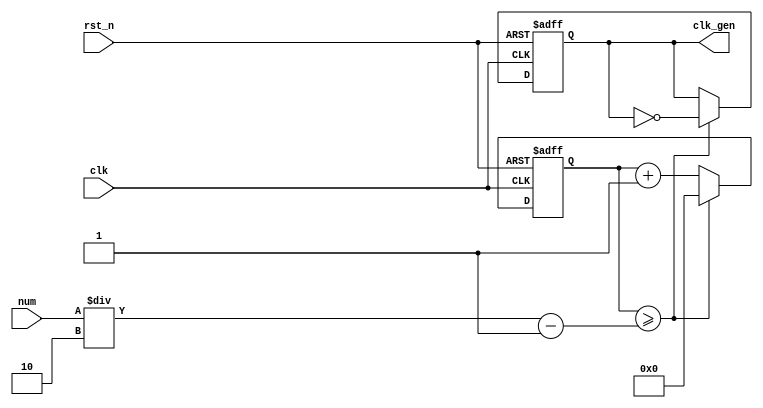
// ---------------------------------------------------------
//             digital clock v4
// Assignment: week8 practice P
// Course: practice in digital logic design
// clock (min:sec), changing mode ok, debounce, alarm (5sec auto off)
// --------------------- list ---------------------
// 01. NCO (1M Hz) << week5 P1
// 02. 0~59 Counter << week5 P1
// 03. NCO_CNT (0~59 sec) << week5 P1
// 04. double figure separate ( tens digit / units digits ) << week5 P1
// 05. FND decoder << week5 P1
// 06. LED display << week5 P1
// 07. HMS counter (Hour, Minute, Second each counter)
// A1: Alarm auto off
// 08. Controller for sec_clk, min_clk & mode/position
// 09. BUZZ
// 10. Top module
// 11. Debounce
// ---------------------------------------------------------

// ------------------------------------------------
// NCO (1M Hz)
// ------------------------------------------------
module nco ( clk_gen, num, clk, rst_n );

output		clk_gen	;
input	[31:0]	num	;
input		clk	;
input		rst_n	;

reg	[31:0]	cnt	;
reg		clk_gen	;

always	@(posedge clk or negedge rst_n) begin
	if (rst_n == 1'b0) begin // reset
		cnt	<= 32'd0;
		clk_gen	<= 1'd0	;
	end else begin
		if (cnt >= num/2-1) begin
			cnt	<= 32'd0	;
			clk_gen	<= ~clk_gen	;
		end else begin
			cnt	<= cnt + 1'b1	;
		end
	end
end
endmodule

// ---------------------------------------------------------
// double figure separate ( tens digit / units digits )
// ---------------------------------------------------------
module double_fig_sep ( o_left, o_right, i_double_fig );

output	[3:0]	o_left		;
output	[3:0]	o_right		;
input	[5:0]	i_double_fig	;

assign o_left	= i_double_fig / 10	;
assign o_right	= i_double_fig % 10	;

endmodule

// ------------------------------------------------
// FND decoder
// ------------------------------------------------
module	fnd_dec ( o_seg, i_num );

output	[6:0]	o_seg	;	// segment
input	[3:0]	i_num	;	// input number
reg	[6:0]	o_seg	;

always	@(*)	begin
	case (i_num)
		4'b0000 : o_seg = 8'b111_1110;	// 0
		4'b0001 : o_seg = 8'b011_0000;	// 1
		4'b0010 : o_seg = 8'b110_1101;	// 2
		4'b0011 : o_seg = 8'b111_1001;	// 3
		4'b0100 : o_seg = 8'b011_0011;	// 4
		4'b0101 : o_seg = 8'b101_1011;	// 5
		4'b0110 : o_seg = 8'b101_1111;	// 6
		4'b0111 : o_seg = 8'b111_0000;	// 7
		4'b1000 : o_seg = 8'b111_1111;	// 8
		4'b1001 : o_seg = 8'b111_0011;	// 9
		4'b1010 : o_seg = 8'b111_0111;	// A
		4'b1011 : o_seg = 8'b001_1111;	// B
		4'b1100 : o_seg = 8'b100_1110;	// C
		4'b1101 : o_seg = 8'b011_1101;	// D
		4'b1110 : o_seg = 8'b100_1111;	// E
		4'b1111 : o_seg = 8'b100_0111;	// F
		default : o_seg = 8'b000_0000;
	endcase
end
endmodule

// ------------------------------------------------
// LED display
// ------------------------------------------------
module	led_disp ( o_seg, o_seg_dp, o_seg_enb, i_six_digit_seg, i_six_dp, clk, rst_n );

output	[5:0]	o_seg_enb	;	// common cathod
output		o_seg_dp	;	// chosen common cathod's dot
output	[6:0]	o_seg		;	// chosen common cathod's 7 seg

input	[41:0]	i_six_digit_seg	;	// all segment
input	[5:0]	i_six_dp	;	// all dot
input		clk		;
input		rst_n		;

wire		clk_gen		;

// *********************** .o_gen_clk (x), .clk_gen modified (o) ***********************
nco	u_nco ( .clk_gen ( clk_gen ), .num ( 32'd100000 ), .clk ( clk ), .rst_n ( rst_n ));	// num *= 1/100

reg	[3:0]	cnt_common_node	;

always	@(posedge clk_gen or negedge rst_n) begin
	if (rst_n == 1'b0) begin
		cnt_common_node <= 4'd0;
	end else begin
		if (cnt_common_node >= 4'd5) begin // 0~5 counter for common cathod
			cnt_common_node <= 4'd0;
		end else begin
			cnt_common_node <= cnt_common_node + 1'b1;
		end
	end
end

reg	[5:0]	o_seg_enb	;

always	@(cnt_common_node) begin
	case (cnt_common_node)
		4'd0 : o_seg_enb = 6'b111110;
		4'd1 : o_seg_enb = 6'b111101;
		4'd2 : o_seg_enb = 6'b111011;
		4'd3 : o_seg_enb = 6'b110111;
		4'd4 : o_seg_enb = 6'b101111;
		4'd5 : o_seg_enb = 6'b011111;
	endcase
end

reg		o_seg_dp	;

always	@(cnt_common_node) begin
	case (cnt_common_node)
		4'd0 : o_seg_dp = i_six_dp[0];
		4'd1 : o_seg_dp = i_six_dp[1];
		4'd2 : o_seg_dp = i_six_dp[2];
		4'd3 : o_seg_dp = i_six_dp[3];
		4'd4 : o_seg_dp = i_six_dp[4];
		4'd5 : o_seg_dp = i_six_dp[5];
	endcase
end

reg	[6:0]	o_seg		;

always	@(cnt_common_node) begin
	case (cnt_common_node)
		4'd0 : o_seg = i_six_digit_seg[6:0];
		4'd1 : o_seg = i_six_digit_seg[13:7];
		4'd2 : o_seg = i_six_digit_seg[20:14];
		4'd3 : o_seg = i_six_digit_seg[27:21];
		4'd4 : o_seg = i_six_digit_seg[34:28];
		4'd5 : o_seg = i_six_digit_seg[41:35];
	endcase
end

endmodule

// ---------------------------------------------------
// HMS counter (Hour, Minute, Second each counter)
// ---------------------------------------------------
module hms_cnt ( o_hms_cnt, o_max_hit, i_max_cnt, clk, rst_n );

output	[5:0]	o_hms_cnt	;	// 0 ~ 59
output		o_max_hit	;	// carry
input	[5:0]	i_max_cnt	;	// 59(m,s) or 23(h)
input		clk		;
input		rst_n		;

reg	[5:0]	o_hms_cnt	;
reg		o_max_hit	;

always @(posedge clk or negedge rst_n) begin
	if (rst_n == 1'b0) begin
		o_hms_cnt <= 6'd0;
		o_max_hit <= 1'b0;
	end else begin
		if (o_hms_cnt >= i_max_cnt) begin // 59(m,s) or 23(h)
			o_hms_cnt <= 6'd0;
			o_max_hit <= 1'b1;
		end else begin // 0~59
			o_hms_cnt <= o_hms_cnt + 1'b1;
			o_max_hit <= 1'b0;
		end
	end
end
endmodule

// ---------------------------------------------------
// A: Alarm auto off
// ---------------------------------------------------
module minsec_alarm_off ( o_alarm, o_max_hit_sec, o_max_hit_min, o_sec, o_min,
		i_alarm_en, i_alarm_min_clk, i_alarm_sec_clk, i_sec_clk, i_min_clk, i_mode, i_position, clk, rst_n );

output		o_alarm	;
output	[5:0]	o_sec	;
output	[5:0]	o_min	;
output		o_max_hit_sec	;
output		o_max_hit_min	;

input		i_alarm_en	;
input		i_alarm_min_clk	;
input		i_alarm_sec_clk	;
input		i_sec_clk	;
input		i_min_clk	;
input	[1:0]	i_mode		;
input		i_position	;
input		clk		;
input		rst_n		;

parameter	MODE_CLOCK	= 2'b00	;
parameter	MODE_SETUP	= 2'b01	;
parameter	MODE_ALARM	= 2'b10	;

parameter	POS_SEC		= 1'b0	;
parameter	POS_MIN		= 1'b1	;


// MODE: CLOCK counter
wire	[5:0]	sec		;
wire		max_hit_sec	;
hms_cnt		u0_hms_cnt ( .o_hms_cnt ( sec ), .o_max_hit ( o_max_hit_sec ), .i_max_cnt ( 6'd59 ), .clk ( i_sec_clk ), .rst_n ( rst_n ) ); // sec counter

wire	[5:0]	min		;
wire		max_hit_min	;
hms_cnt		u1_hms_cnt ( .o_hms_cnt ( min ), .o_max_hit ( o_max_hit_min ), .i_max_cnt ( 6'd59 ), .clk ( i_min_clk ), .rst_n ( rst_n ) ); // min counter

// MODE: ALARM counter
wire	[5:0]	alarm_sec	;
hms_cnt		u2_hms_cnt ( .o_hms_cnt ( alarm_sec ), .o_max_hit ( ), .i_max_cnt ( 6'd59 ), .clk ( i_alarm_sec_clk ), .rst_n ( rst_n ) ); // sec counter

wire	[5:0]	alarm_min	;
hms_cnt		u3_hms_cnt ( .o_hms_cnt ( alarm_min ), .o_max_hit ( ), .i_max_cnt ( 6'd59 ), .clk ( i_alarm_min_clk ), .rst_n ( rst_n ) ); // sec counter

// MUX ( CLOCK | ALARM - choice )
reg	[5:0]	o_sec		;
reg	[5:0]	o_min		;

always	@(*) begin
	case(i_mode)
		MODE_CLOCK: begin
			o_sec	= sec;
			o_min	= min;
		end
		MODE_SETUP: begin
			o_sec	= sec;
			o_min	= min;
		end
		MODE_ALARM: begin
			o_sec = alarm_sec;
			o_min = alarm_min;
		end
	endcase
end

// ALARM
wire		clk_1hz	;

nco	u1_nco ( .clk_gen ( clk_1hz ), .num ( 32'd50000000 ), .clk ( clk ), .rst_n ( rst_n ));

reg	[3:0]	alarm_cnt	;

always	@(posedge clk_1hz or negedge rst_n) begin
	if (rst_n == 1'b0) begin
		alarm_cnt = 0;
	end else begin
		if (o_alarm == 1'b1) begin
			alarm_cnt = alarm_cnt + 1;
		end else begin
			alarm_cnt = 0;
		end
	end
end
reg		o_alarm	;
always	@(posedge clk or negedge rst_n) begin
	if (rst_n == 1'b0) begin
		o_alarm <= 1'b0;
	end else begin
		if ((sec == alarm_sec) && (min == alarm_min)) begin
			o_alarm <= 1'b1 & i_alarm_en;
		end else begin
			if (alarm_cnt >= 4'd5) begin
				o_alarm <= 0;
			end
		end
	end
end

endmodule


// ----------------------------------------------------------
// Controller for sec_clk, min_clk & mode/position/alarm
// ----------------------------------------------------------
module controller ( o_mode, o_position, o_min_clk, o_sec_clk, o_alarm_sec_clk, o_alarm_min_clk, o_alarm_en,
			i_sw0, i_sw1, i_sw2, i_sw3, i_max_hit_sec, i_max_hit_min, clk, rst_n );

output	[1:0]	o_mode		;
output		o_position	;
output		o_min_clk	; // No [5:0], since it is just clock purse
output		o_sec_clk	; // No [5:0], since it is just clock purse
output		o_alarm_sec_clk	;
output		o_alarm_min_clk	;
output		o_alarm_en	;

input		i_max_hit_sec	;
input		i_max_hit_min	;

input		i_sw0		; // switch 0
input		i_sw1		; // switch 1
input		i_sw2		; // switch 2
input		i_sw3		; // switch 3

input		clk		;
input		rst_n		;

parameter	MODE_CLOCK	= 2'b00	;
parameter	MODE_SETUP	= 2'b01	;
parameter	MODE_ALARM	= 2'b10	;

parameter	POS_SEC = 1'b0;
parameter	POS_MIN	= 1'b1;

// DEBOUNCE
wire	clk_slow		;
nco	u_nco_db ( .clk_gen ( clk_slow ), .num ( 32'd500000 ), .clk ( clk ), .rst_n ( rst_n ));

wire	sw0	;
wire	sw1	;
wire	sw2	;
wire	sw3	;

debounce	u0_debounce ( .o_sw ( sw0 ), .i_sw ( i_sw0 ), .clk ( clk_slow ) );
debounce	u1_debounce ( .o_sw ( sw1 ), .i_sw ( i_sw1 ), .clk ( clk_slow ) );
debounce	u2_debounce ( .o_sw ( sw2 ), .i_sw ( i_sw2 ), .clk ( clk_slow ) );
debounce	u3_debounce ( .o_sw ( sw3 ), .i_sw ( i_sw3 ), .clk ( clk_slow ) );

reg	[1:0]	o_mode		;

// SWITCH 0: MODE
always	@(posedge sw0 or negedge rst_n) begin
	if (rst_n == 1'b0) begin // reset
		o_mode <= MODE_CLOCK;
	end else begin // when pressing button, changing mode
		if (o_mode >= MODE_ALARM) begin
			o_mode <= MODE_CLOCK;
		end else begin
			o_mode <= o_mode + 1'b1;
		end
	end
end

reg		o_position	;

// SWITCH 1: POSITION
always	@(posedge sw1 or negedge rst_n) begin
	if (rst_n == 1'b0) begin // reset
		o_position <= POS_SEC;
	end else begin // when pressing button
		if (o_position >= POS_MIN) begin
			o_position <= POS_SEC;
		end else begin
			o_position <= o_position + 1'b1; // changing mode
		end
	end
end

// SWITCH 3: ALARM ON/OFF
reg		o_alarm_en	;
always	@(posedge sw3 or negedge rst_n) begin
	if (rst_n == 1'b0) begin
		o_alarm_en <= 1'b0;
	end else begin
		o_alarm_en <= o_alarm_en + 1'b1;
	end
end

// CLK NCO
wire		clk_1hz		;	// 1Hz clock
nco		u_nco ( .clk_gen ( clk_1hz ), .num ( 32'd50000000 ), .clk ( clk ), .rst_n ( rst_n ));

// CLK for each MODE
reg		o_sec_clk	;
reg		o_min_clk	;
reg		o_alarm_sec_clk	;
reg		o_alarm_min_clk	;

always @(*) begin
	case (o_mode)
		MODE_CLOCK : begin // CLOCK mode
			o_sec_clk = clk_1hz;
			o_min_clk = i_max_hit_sec;
			o_alarm_sec_clk = 1'b0;
			o_alarm_min_clk = 1'b0;
		end
		MODE_SETUP : begin // SETTING mode
			case (o_position)
				POS_SEC : begin // o_sec_clk returns "clk_1Hz" or "~i_sw2" clock
					o_sec_clk = ~sw2;
					o_min_clk = 1'b0; // posedge o_sec_clk >> sec++;
					o_alarm_sec_clk = 1'b0;
					o_alarm_min_clk = 1'b0;
				end
				POS_MIN : begin // o_min_clk returns "clk_1Hz" or "~i_sw2" clock
					o_sec_clk = 1'b0;
 				  	o_min_clk = ~sw2; // posedge o_min_clk >> min++;
					o_alarm_sec_clk = 1'b0;
					o_alarm_min_clk = 1'b0;
				end
			endcase
		end
		MODE_ALARM : begin // ALARM mode
			case(o_position)
				POS_SEC : begin 
					o_sec_clk = clk_1hz;
					o_min_clk = i_max_hit_sec;
					o_alarm_sec_clk = ~sw2;
					o_alarm_min_clk = 1'b0;
				end
				POS_MIN : begin
					o_sec_clk = clk_1hz;
					o_min_clk = i_max_hit_sec;
					o_alarm_sec_clk = 1'b0;
					o_alarm_min_clk = ~sw2;
				end
			endcase
		end
	endcase
end

endmodule

// ------------------------------------------------
// BUZZ
// ------------------------------------------------
module buzz ( o_buzz, i_buzz_en, clk, rst_n );

output		o_buzz		;
input		i_buzz_en	;
input		clk		;
input		rst_n		;

parameter	C = 191113	;
parameter	D = 170262	;
parameter	E = 151686	;
parameter	F = 143173	;
parameter	G = 63776	;
parameter	A = 56818	;
parameter	B = 50619	;

wire		clk_bit		;
nco		u_nco_blt ( .clk_gen ( clk_bit ), .num ( 25000000 ), .clk ( clk ), .rst_n ( rst_n ) );

reg	[4:0]	cnt	;

always @(posedge clk_bit or negedge rst_n) begin
	if (rst_n == 1'b0) begin
		cnt <= 5'b0;
	end else begin
		if (cnt >= 5'd24) begin
			cnt <= 5'd0;
		end else begin
			cnt <= cnt+ 1'd1;
		end
	end
end

reg	[31:0]	nco_num	;

always @(*) begin
	case (cnt)
		5'd00: nco_num =	E;
		5'd01: nco_num = 	C;
		5'd02: nco_num = 	D;
		5'd03: nco_num = 	D;
		5'd04: nco_num = 	E;
		5'd05: nco_num = 	E;
		5'd06: nco_num = 	E;
		5'd07: nco_num = 	D;
		5'd08: nco_num = 	D;
		5'd09: nco_num = 	D;
		5'd10: nco_num = 	E;
		5'd11: nco_num = 	E;
		5'd12: nco_num = 	E;
		5'd13: nco_num = 	E;
		5'd14: nco_num = 	D;
		5'd15: nco_num = 	C;
		5'd16: nco_num = 	D;
		5'd17: nco_num = 	E;
		5'd18: nco_num = 	E;
		5'd19: nco_num = 	E;
		5'd20: nco_num = 	D;
		5'd21: nco_num = 	D;
		5'd22: nco_num = 	E;
		5'd23: nco_num = 	D;
		5'd24: nco_num = 	C;
	endcase
end

wire	buzz	;
nco	u_nco_buzz ( .clk_gen ( buzz ), .num ( nco_num ), .clk ( clk ), .rst_n ( rst_n ) );

assign	o_buzz = buzz & i_buzz_en;
endmodule

// ---------------------------------------------------
// Top module 
// ---------------------------------------------------
module top_hms_clock ( o_seg, o_seg_dp, o_seg_enb, o_alarm, i_sw0, i_sw1, i_sw2, i_sw3, clk, rst_n );

output	[6:0]	o_seg		;
output		o_seg_dp	;
output	[5:0]	o_seg_enb	;
output		o_alarm		;

input		i_sw0		;
input		i_sw1		;
input		i_sw2		;
input		i_sw3		;
input		clk		;
input		rst_n		;

wire	[1:0]	mode		;
wire		position	;
wire		min_clk		;
wire		sec_clk		;
wire		max_hit_sec	;	// controller's input
wire		max_hit_min	;	// controller's input
wire		alarm_sec_clk	;
wire		alarm_min_clk	;
wire		alarm_en	;

controller 	u_ctrl ( .o_mode ( mode ), .o_position ( position ), .o_min_clk ( min_clk ), .o_sec_clk ( sec_clk ),
		.o_alarm_sec_clk ( alarm_sec_clk ), .o_alarm_min_clk ( alarm_min_clk ), .o_alarm_en ( alarm_en ), 
		.i_sw0 ( i_sw0 ) , .i_sw1 ( i_sw1 ), .i_sw2 ( i_sw2 ), .i_sw3 ( i_sw3 ),
		.i_max_hit_sec ( max_hit_sec ) , .i_max_hit_min ( max_hit_min ), .clk ( clk ), .rst_n ( rst_n ) );

wire	[5:0]	sec		;
wire	[5:0]	min		;
wire		alarm		;

minsec_alarm_off 		u_minsec ( .o_alarm ( alarm ), .o_sec ( sec ), .o_min ( min ), .o_max_hit_sec ( max_hit_sec ), .o_max_hit_min ( max_hit_min ),
		.i_alarm_en ( alarm_en ), .i_alarm_min_clk ( alarm_min_clk ), .i_alarm_sec_clk ( alarm_sec_clk ),
		.i_sec_clk ( sec_clk ), .i_min_clk ( min_clk ), .i_mode ( mode ), .i_position ( position ), .clk ( clk ), .rst_n ( rst_n ));

wire	[3:0]	sec_left	;
wire	[3:0]	sec_right	;
wire	[3:0]	min_left	;
wire	[3:0]	min_right	;

double_fig_sep	u0_dfs ( .o_left ( sec_left ), .o_right ( sec_right ), .i_double_fig ( sec ) ) ;
double_fig_sep	u1_dfs ( .o_left ( min_left ), .o_right ( min_right ), .i_double_fig ( min ) ) ;

wire	[6:0]	sec_left_seg	;
wire	[6:0]	sec_right_seg	;
wire	[6:0]	min_left_seg	;
wire	[6:0]	min_right_seg	;

fnd_dec		u0_fun_dec( .o_seg( sec_left_seg ), .i_num( sec_left ) );
fnd_dec		u1_fun_dec( .o_seg( sec_right_seg ), .i_num( sec_right ) );
fnd_dec		u2_fun_dec( .o_seg( min_left_seg ), .i_num( min_left ) );
fnd_dec		u3_fun_dec( .o_seg( min_right_seg ), .i_num( min_right ) );

wire	[41:0]	six_digit_seg	;
assign		six_digit_seg = { {2{7'd0}}, min_left_seg, min_right_seg, sec_left_seg, sec_right_seg };

led_disp	u_led_disp ( .o_seg ( o_seg ), .o_seg_dp ( o_seg_dp ) , .o_seg_enb ( o_seg_enb ),
		.i_six_digit_seg( six_digit_seg ), .i_six_dp ( 6'd0 ), .clk ( clk ), .rst_n ( rst_n ));

buzz		u_buzz ( .o_buzz ( o_alarm ), .i_buzz_en ( alarm ), .clk ( clk ), .rst_n ( rst_n ) );

endmodule

// ---------------------------------------------------
// Debounce
// ---------------------------------------------------
module debounce ( o_sw, i_sw, clk );

output	o_sw	;
input	i_sw	;
input	clk	;

reg	dly1_sw	;
always	@(posedge clk) begin
	dly1_sw <= i_sw;
end

reg dly2_sw	;
always	@(posedge clk)begin
	dly2_sw <= dly1_sw;
end

assign	o_sw = dly1_sw | ~dly2_sw;

endmodule